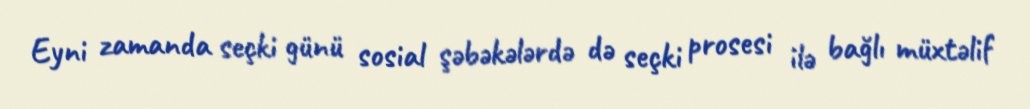
Eyni zamanda seçki günü sosial şəbəkələrdə də seçki prosesi ilə bağlı müxtəlif